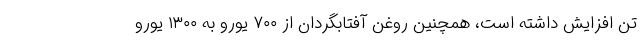
تن افزایش داشته است، همچنین روغن آفتابگردان از ۷۰۰ یورو به ۱۳۰۰ یورو